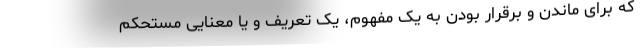
که برای ماندن و برقرار بودن به یک مفهوم، یک تعریف و یا معنایی مستحکم